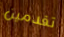
تقدمين